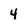
Character: 4